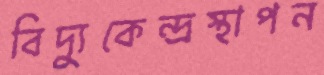
বিদ্যুকেন্দ্রস্থাপন